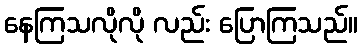
နေကြသလိုလို လည်း ပြောကြသည်။